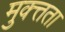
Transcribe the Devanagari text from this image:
मुक्त्तता